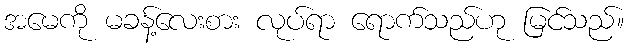
အမေကို မခန့်လေးစား လုပ်ရာ ရောက်သည်ဟု မြင်သည်။